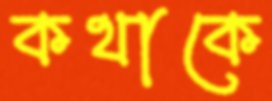
কথাকে